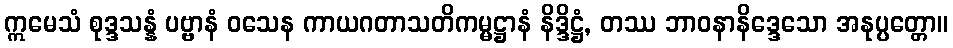
ဣမေသံ စုဒ္ဒသန္နံ ပဗ္ဗာနံ ဝသေန ကာယဂတာသတိကမ္မဋ္ဌာနံ နိဒ္ဒိဋ္ဌံ, တဿ ဘာဝနာနိဒ္ဒေသော အနုပ္ပတ္တော။